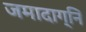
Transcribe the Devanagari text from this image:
जमादाग्नि